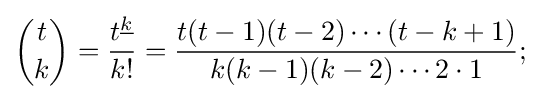
{\binom {t}{k}}={\frac {t^{\underline {k}}}{k!}}={\frac {t(t-1)(t-2)\cdots (t-k+1)}{k(k-1)(k-2)\cdots 2\cdot 1}};